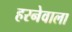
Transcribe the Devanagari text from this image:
हरनेवाला